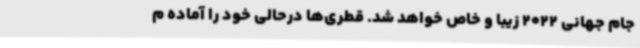
جام جهانی 2022 زیبا و خاص خواهد شد. قطری‌ها درحالی خود را آماده م